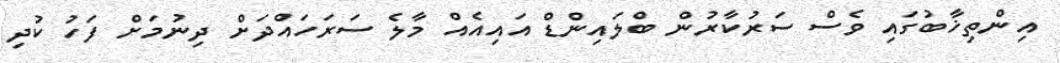
އިންތިޚާބުގައި ވެސް ސަރުކާރުން ބްލައިންޑް އައިއެއް މާލެ ސަރަހަައްދަށް ދިނުމަށް ފަހު ކުދި